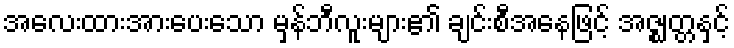
အလေးထားအားပေးသော မှန်ဘီလူးများ၏ ချင်းစီအနေဖြင့် အဇ္ဈတ္တနှင့်